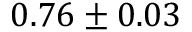
0 . 7 6 \pm 0 . 0 3